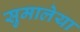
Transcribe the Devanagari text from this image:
सुमालेया